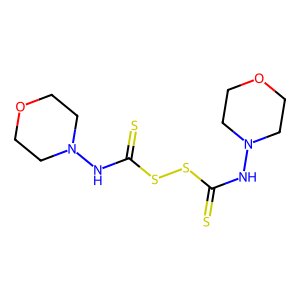
SMILES: S=C(NN1CCOCC1)SSC(=S)NN1CCOCC1
Inhibits HIV replication: No